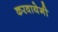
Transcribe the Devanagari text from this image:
करवायेगी